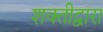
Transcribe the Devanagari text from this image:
शक्तीद्वारा